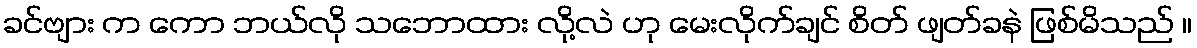
ခင်ဗျား က ကော ဘယ်လို သဘောထား လို့လဲ ဟု မေးလိုက်ချင် စိတ် ဖျတ်ခနဲ ဖြစ်မိသည် ။